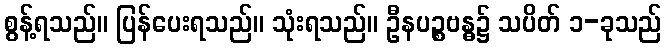
စွန့်ရသည်။ ပြန်ပေးရသည်။ သုံးရသည်။ ဦနပဉ္စဗန္ဓ၌ သပိတ် ၁-ခုသည်